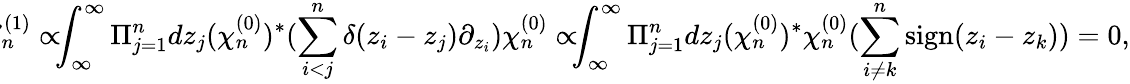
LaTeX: \! \! \! {\cal E}_{n}^{(1)}\propto\! \! \! \int_{\infty}^{\infty}\Pi_{j=1}^{n}dz_{j}(\chi_{n}^{(0)})^{*}(\sum_{i<j}^{n}\delta(z_{i}-z_{j})\partial_{z_{i}})\chi_{n}^{(0)}\propto\! \! \! \int_{\infty}^{\infty}\Pi_{j=1}^{n}dz_{j}(\chi_{n}^{(0)})^{*}\chi_{n}^{(0)}(\sum_{i\neq k}^{n}\mathrm{sign}(z_{i}-z_{k}))=0,